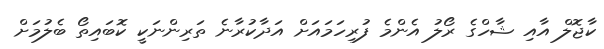
ކާޖޮލް އާއި ޝާހްގެ ރޯލު އެންމެ ފުރިހަމައަށް އަދާކުރާނެ ތަރިންނަކީ ކޮބައިތޯ ބެލުމަށް